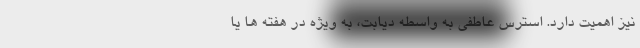
نیز اهمیت دارد. استرس عاطفی به واسطه دیابت، به ویژه در هفته ها یا